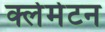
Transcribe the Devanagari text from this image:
क्लेमेटन